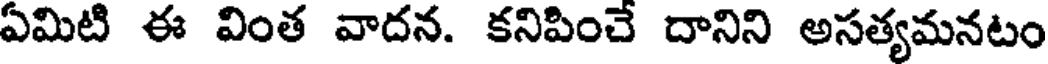
ఏమిటి ఈ వింత వాదన. కనిపించే దానిని అసత్యమనటం